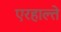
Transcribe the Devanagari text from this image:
एरहाल्ते